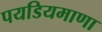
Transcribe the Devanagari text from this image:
पयडियमाणा